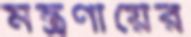
মন্ত্রণায়ের